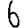
Digit: 6